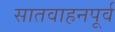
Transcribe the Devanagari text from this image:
सातवाहनपूर्व